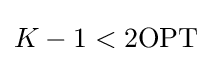
K-1<2\mathrm {OPT}